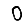
Digit: 0